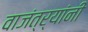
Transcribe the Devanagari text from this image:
वाजंत्र्यांनी